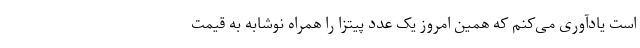
است یادآوری می‌کنم که همین امروز یک عدد پیتزا را همراه نوشابه به قیمت